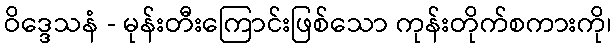
ဝိဒ္ဒေသနံ - မုန်းတီးကြောင်းဖြစ်သော ကုန်းတိုက်စကားကို၊